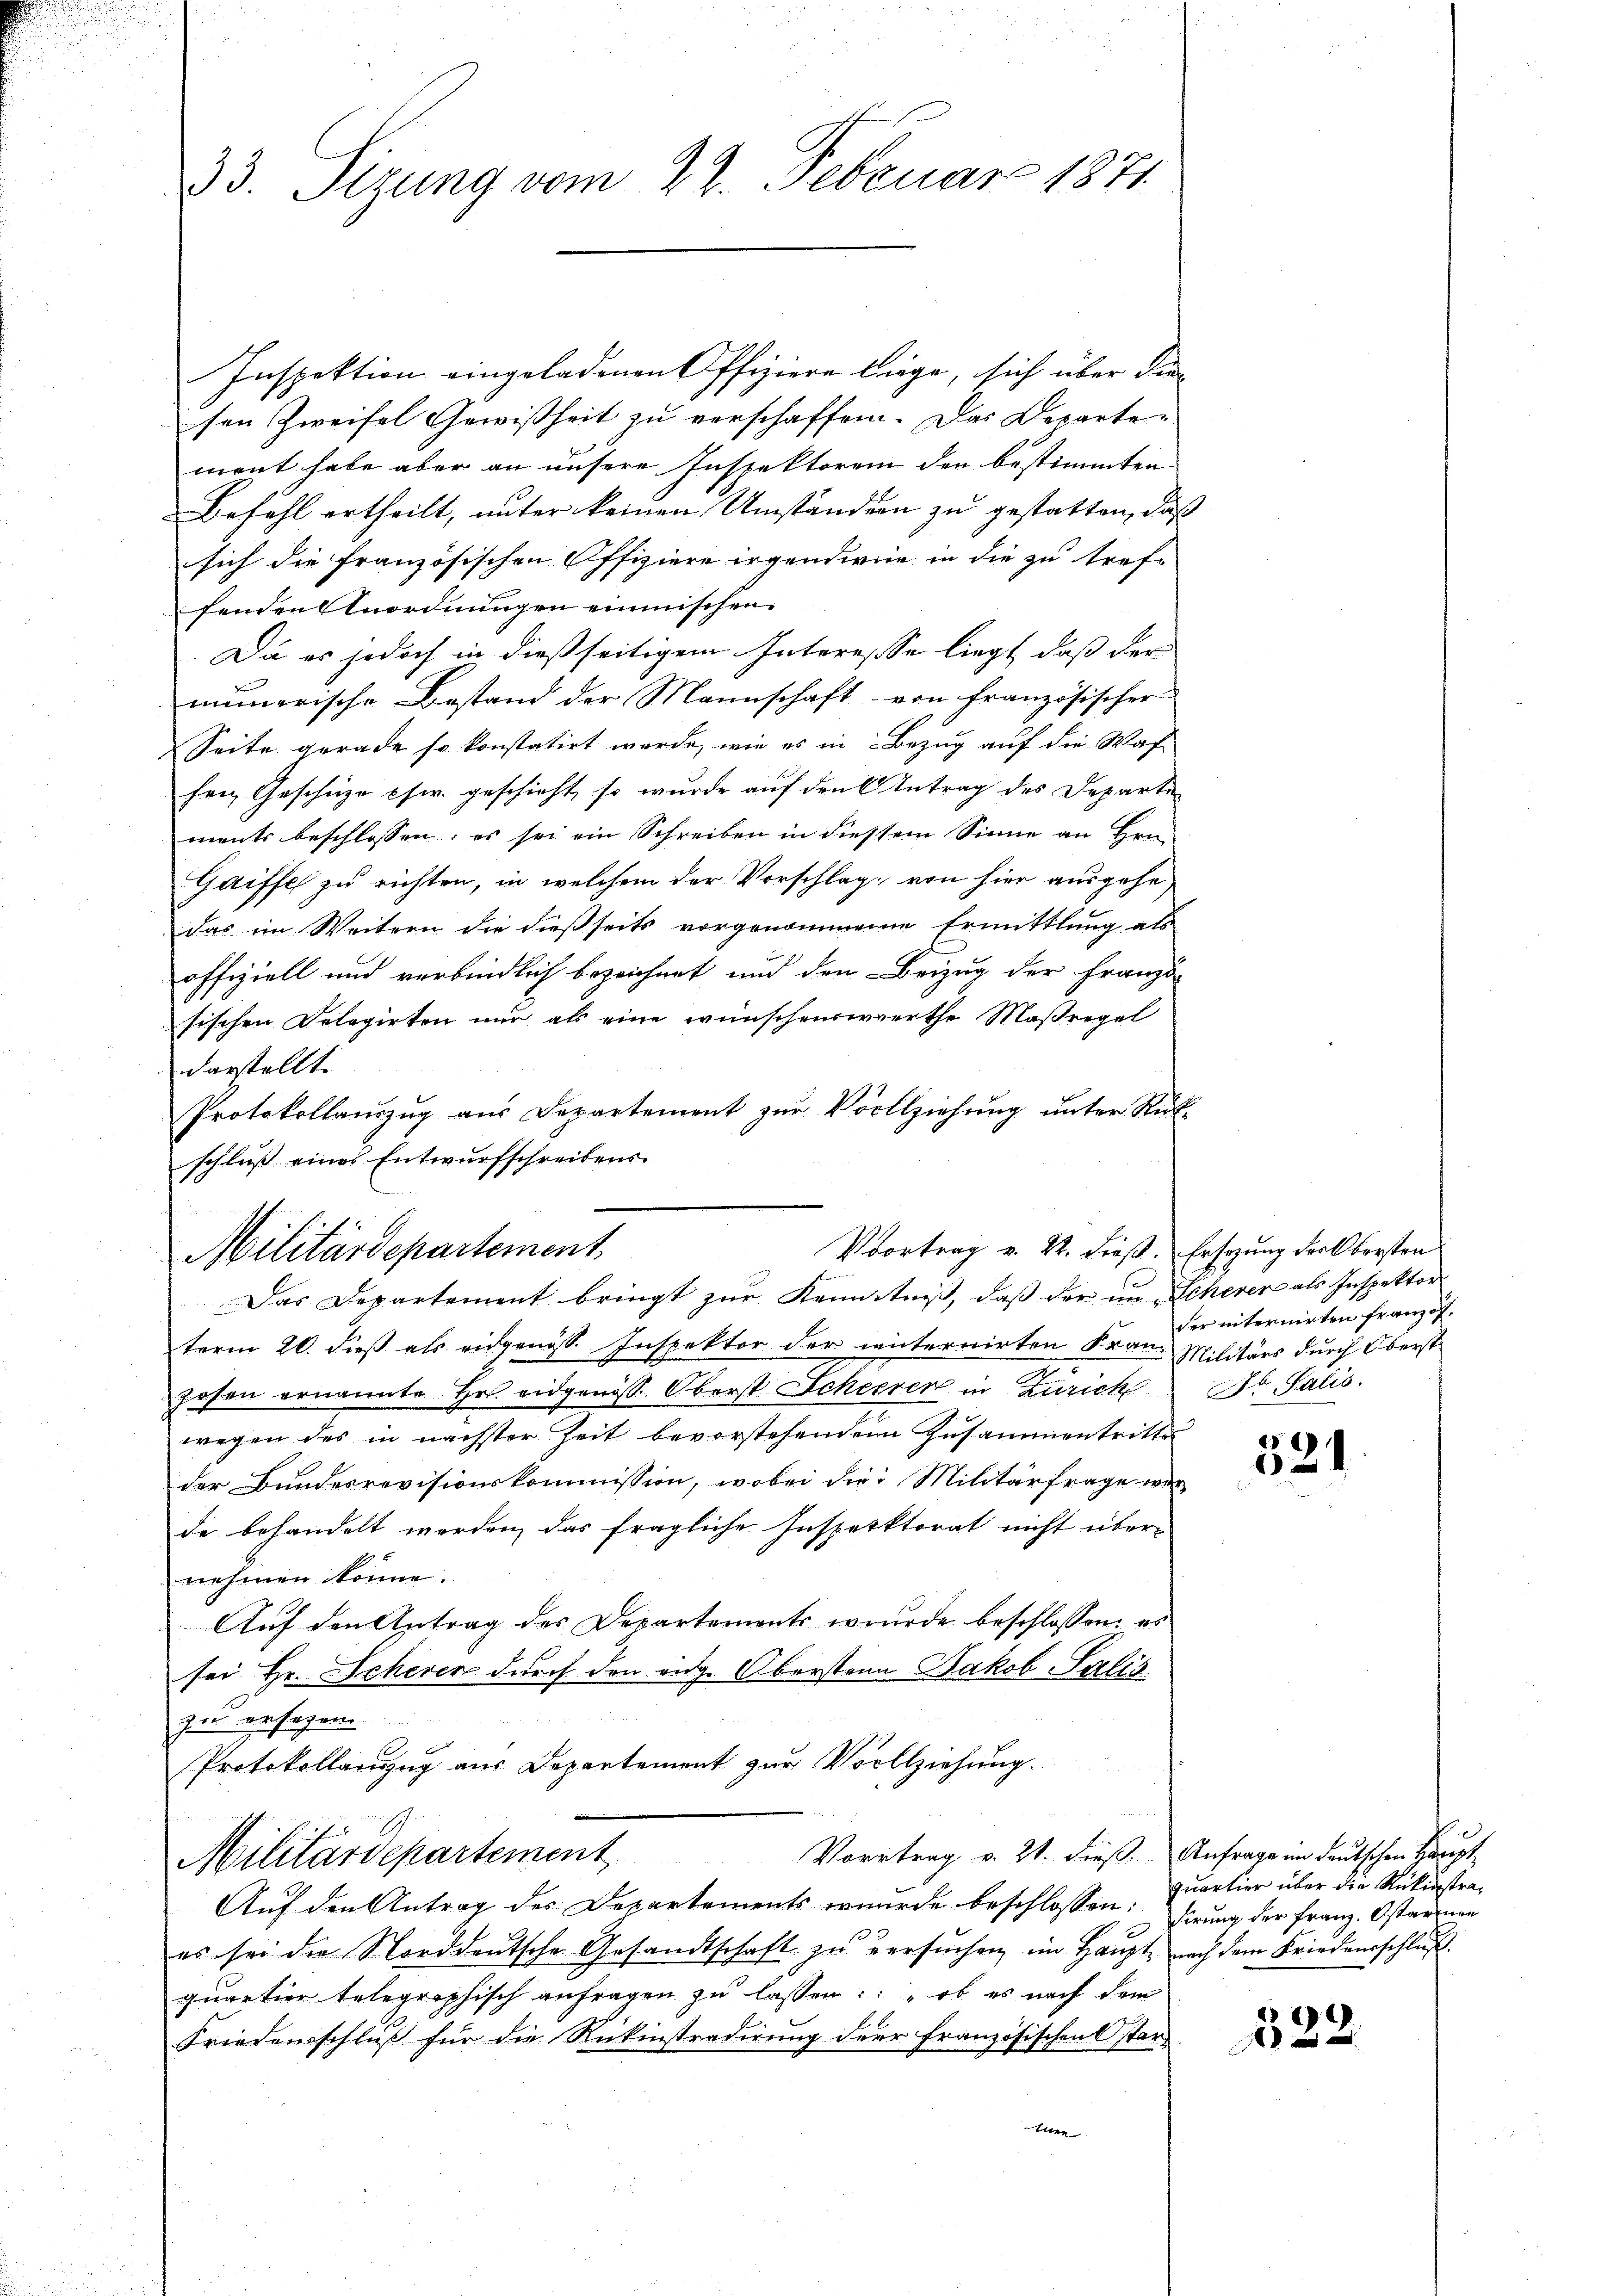
33. Sizung vom 22. Februar 1871.

Inspektion eingeladenen Offiziere liege, sich über die
sen Zweifel Gewißheit zu verschaffen. Das Departement habe aber an unsere Inspektorem den bestimmten
Befahl ertheilt, unter keinen Umständern zu gestatten, daß
sich die französischen Offiziere irgendwie in die zu tref-
fenden Anordnungen einmischen
Die es jedoch in dießseitigem Interesse liegt, daß der
munerische Bestand der Mannschaft von französischer
Seite gerade so konstatirt werde, wie es in Bezug auf die Waf
fen, Geschüze cscr. geschieht, so wurde auf den Antrag des Departe
ments beschlossen, es sei ein Schreiben in diesem Sinne an Hrn.
Gaiffe zu richten, in welchem der Vorschlag, von hier ausgehe,
das im Weitern die dießseits vorgenommene Ermittlung als
offiziell und verbindlich bezeichnet und den Beizug der Franzö-
sischen Delegirten nur als eine wünschenswerthe Maßregel
darstellt.
Protokollaŭszŭg aŭs Departement zŭr Vollziehŭng ŭnter Rück-
schluß eines Entwurfschreibens¬
Das Departement bringt zur Kenntniß, daß der im Scherer als Inspektor
term 20. dieß als eidgenöss. Inspektor der internirten Franz Militärs durch Oberst
zosen ernannte Hr. eidgenöss. Oberst Scheeren in Zürich Dr. Salis
wegen des in nächster Zeit bevorstehendem Zusammentrittes
der Bundesrevisionskommission, wobei die Militärfrage war
de behandelt werden, das fragliche Inspektorat nicht über-
nehmen könne.
Auf den Antrag des Departements wurde beschlossen: es
sei Hr. Scheren durch den eidge Obersten Jakob Salis
zu ersagen.
Protokollanzug aus Departement zur Vollziehung.
Vortrag v. 21. dieß. Anfrage im deutschen Haupt
Militärdepartement
Auf den Antrag des Departements er wurde beschlossen: Einung der Franz. Ostarian
es sei die Norddeutsche Gesandtschaft zu versuchen, im Haupt, nach dem Friedensschluß.
quartier telegraphisch anfragen zu lassen: ob es nach dem
Friedensschluß für die Rikinstradirung der Französischen Oster-
ser

¬
Militärdepartement,

Vvortrag v. 22. dieß. Ersezung der bersten

der internirten Franzof¬

2
621

quartier über die Rükinstra¬

322